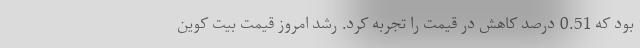
بود که 0.51 درصد کاهش در قیمت را تجربه کرد. رشد امروز قیمت بیت کوین